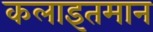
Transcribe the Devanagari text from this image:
कलाइतमान